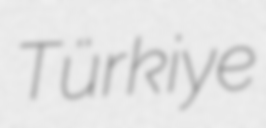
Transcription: Türkiye